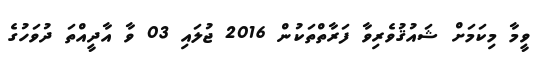
ވީމާ މިކަމަށް ޝައުޤުވެރިވާ ފަރާތްތަކުން 2016 ޖުލައި 03 ވާ އާދީއްތަ ދުވަހުގެ